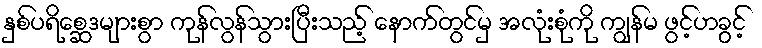
နှစ်ပရိစ္ဆေဒများစွာ ကုန်လွန်သွားပြီးသည့် နောက်တွင်မှ အလုံးစုံကို ကျွန်မ ဖွင့်ဟခွင့်